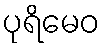
ပုရိမေဝ